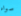
سواه